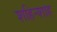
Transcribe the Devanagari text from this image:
शहिन्शाह